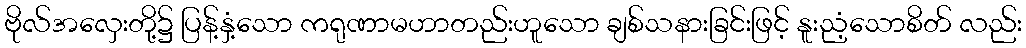
ဗိုလ်အလှေးတို့၌ ပြန့်နှံ့သော ကရုဏာမဟာတည်းဟူသော ချစ်သနားခြင်းဖြင့် နူးညံ့သောစိတ် လည်း